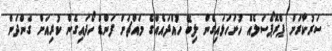
ސަރުކާރަށް ޕްރޮޕޯސަލެއް ހުށަހަޅައިގެން ލިބޭ ހުއްދައެއްގެ މައްޗަށް ފަންޑް ހޯދައިގެން ކުރިއަށް ގެންދަން